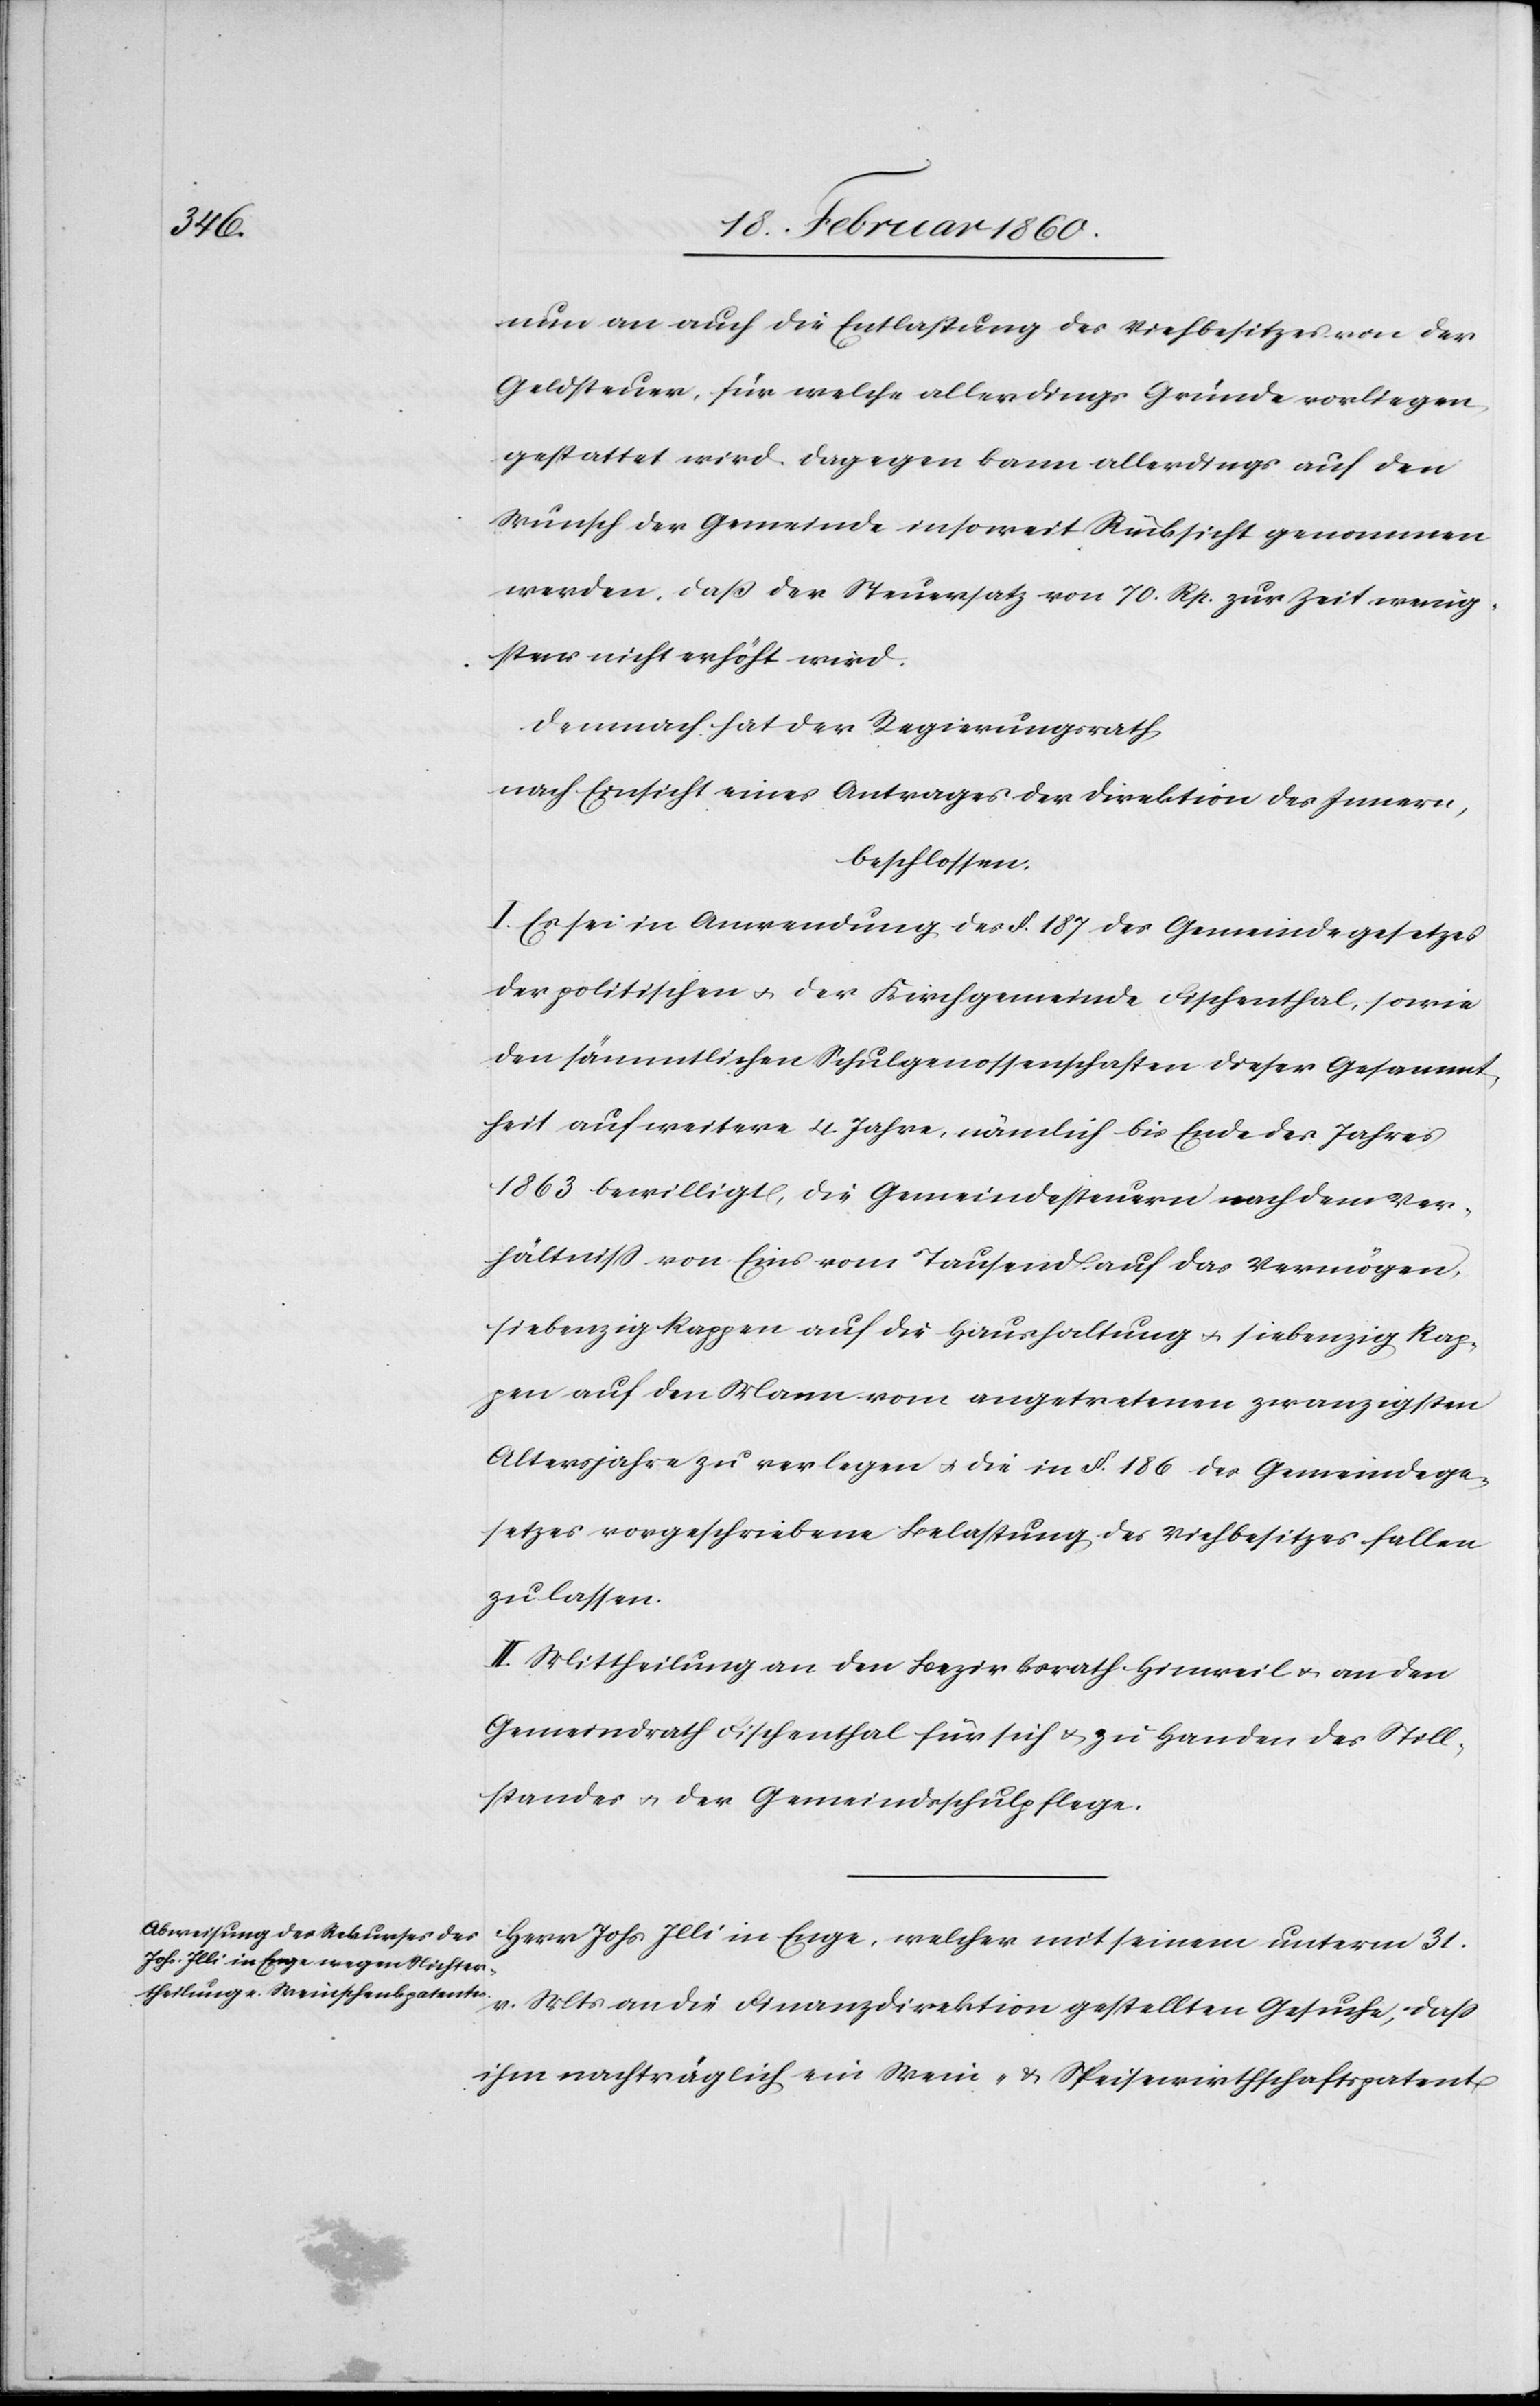
nun an auch die Entlassung des Viehbesitzes von der
Geldsteuer, für welche allerdings Gründe vorliegen,
gestattet wird. Dagegen kann allerdings auf den
Wunsch der Gemeinde insoweit Rücksicht genommen
werden, dass der Steuersatz von 70 Rp. zur Zeit wenig¬
stens nicht erhöht wird.
Demnach hat der Regierungsrath,
nach Einsicht eines Antrages der Direktion des Innern,
beschlossen:
I. Es sei in Anwendung des §. 187 des Gemeindegesetzes
der politischen u. der Kirchgemeinde Fischenthal, sowie
den sämmtlichen Schulgenossenschaften dieser Gesammt¬
heit auf weitere 4 Jahre, nämlich bis Ende des Jahres
1863. bewilligt, die Gemeindesteuern nach dem Ver¬
hältniss von Eins vom Tausend auf das Vermögen,
siebenzig Rappen auf die Haushaltung u. siebenzig Rap¬
pen auf den Mann vom angetretenen zwanzigsten
Altersjahre zu verlegen u. die in §. 186. des Gemeindege¬
setzes vorgeschriebene Belastung des Viebesitzes fallen
zu lassen.
II. Mittheilung an den Bezirksrath Hinweil u. an den
Gemeindrath Fischenthal für sich u. zu Handen des Still¬
standes u. der Gemeindsschulpflege.
Herr Johs. Illi in Enge, welcher mit seinem unterm 31.
v. Mts. an die Finanzdirektion gestellten Gesuche, dass
ihm nachträglich ein Weni- [sic!] u. Speisewirthschaftspatent